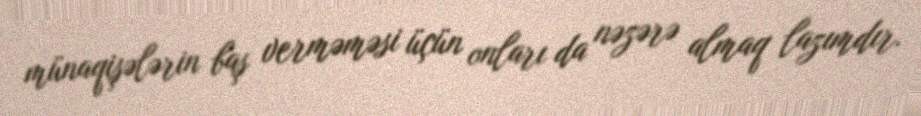
münaqişələrin baş verməməsi üçün onları da nəzərə almaq lazımdır.